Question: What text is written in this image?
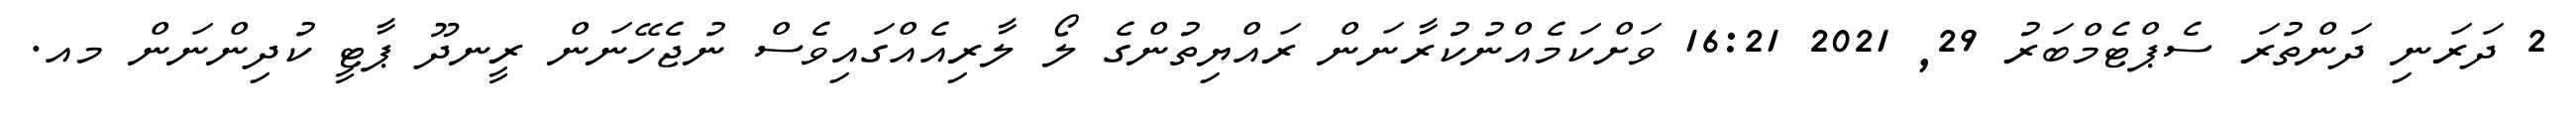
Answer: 2 ދަރަނި ދަންތުރަ ސެޕްޓެމްބަރު 29, 2021 16:21 ވަށްކަމެއްނުކުރާނަން ރައްޔިތުންގެ ލޯ ލާރިއެއްގައިވެސް ނުޖެހޭނަން ރީނދޫ ޕާޓީ ކުދިންނަން މއ.